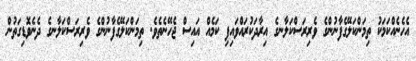
އެހެނެއްކަމަކު ތިމަންކަލޭގެފާނުންގެ ވެރިރަސްކަލާނގެ އިރާދަކުރައްވައިފި ކަމެއް އައިސް ޖެހޭނެތެވެ. ތިމަންކަލޭގެފާނުންގެ ވެރިރަސްކަލާނގެ ދެނެވޮޑިގަތުން